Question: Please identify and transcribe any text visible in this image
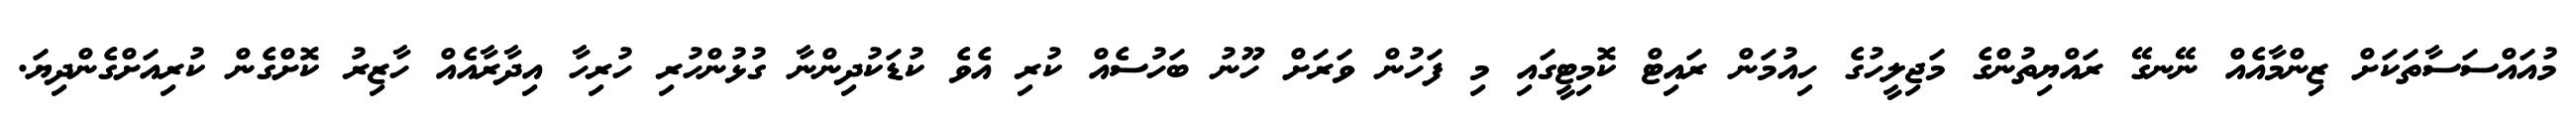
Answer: މުއައްސަސާތަކަށް ޒިންމާއެއް ނޭނގޭ ރައްޔިތުންގެ މަޖިލީހުގެ ހިއުމަން ރައިޓް ކޮމިޓީގައި މި ފަހުން ވަރަށް ހޫނު ބަހުސެއް ކުރި އެވެ ކުޑަކުދިންނާ ގުޅުންހުރި ހުރިހާ އިދާރާއެއް ހާޒިރު ކޮށްގެން ކުރިއަށްގެންދިޔަ.